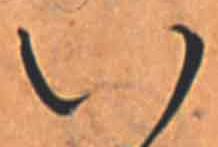
い